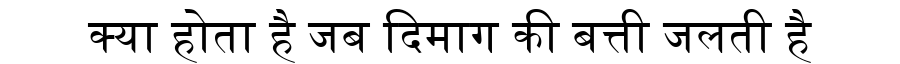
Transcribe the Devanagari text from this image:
क्या होता है जब दिमाग की बत्ती जलती है